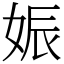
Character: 娠